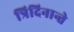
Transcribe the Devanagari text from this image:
त्रिदिनान्ते